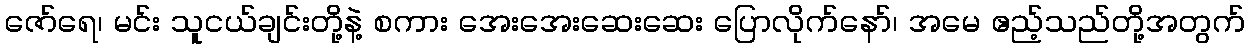
ဇော်ရေ၊ မင်း သူငယ်ချင်းတို့နဲ့ စကား အေးအေးဆေးဆေး ပြောလိုက်နော်၊ အမေ ဧည့်သည်တို့အတွက်